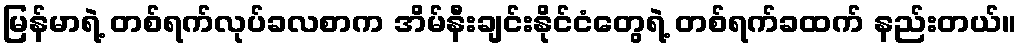
မြန်မာရဲ့ တစ်ရက်လုပ်ခလစာက အိမ်နီးချင်းနိုင်ငံတွေရဲ့ တစ်ရက်ခထက် နည်းတယ်။